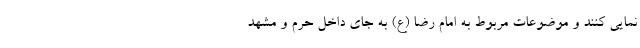
نمایی کنند و موضوعات مربوط به امام رضا (ع) به جای داخل حرم و مشهد